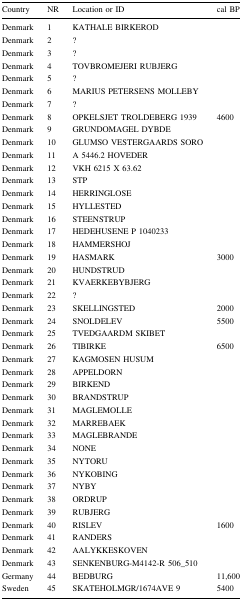
<table><thead><tr><td><b>Country</b></td><td><b>NR</b></td><td><b>Location or ID</b></td><td><b>cal BP</b></td></tr></thead><tbody><tr><td>Denmark</td><td>1</td><td>KATHALE BIRKEROD</td><td></td></tr><tr><td>Denmark</td><td>2</td><td>?</td><td></td></tr><tr><td>Denmark</td><td>3</td><td>?</td><td></td></tr><tr><td>Denmark</td><td>4</td><td>TOVBROMEJERI RUBJERG</td><td></td></tr><tr><td>Denmark</td><td>5</td><td>?</td><td></td></tr><tr><td>Denmark</td><td>6</td><td>MARIUS PETERSENS MOLLEBY</td><td></td></tr><tr><td>Denmark</td><td>7</td><td>?</td><td></td></tr><tr><td>Denmark</td><td>8</td><td>OPKELSJET TROLDEBERG 1939</td><td>4600</td></tr><tr><td>Denmark</td><td>9</td><td>GRUNDOMAGEL DYBDE</td><td></td></tr><tr><td>Denmark</td><td>10</td><td>GLUMSO VESTERGAARDS SORO</td><td></td></tr><tr><td>Denmark</td><td>11</td><td>A 5446.2 HOVEDER</td><td></td></tr><tr><td>Denmark</td><td>12</td><td>VKH 6215 X 63.62</td><td></td></tr><tr><td>Denmark</td><td>13</td><td>STP</td><td></td></tr><tr><td>Denmark</td><td>14</td><td>HERRINGLOSE</td><td></td></tr><tr><td>Denmark</td><td>15</td><td>HYLLESTED</td><td></td></tr><tr><td>Denmark</td><td>16</td><td>STEENSTRUP</td><td></td></tr><tr><td>Denmark</td><td>17</td><td>HEDEHUSENE P 1040233</td><td></td></tr><tr><td>Denmark</td><td>18</td><td>HAMMERSHOJ</td><td></td></tr><tr><td>Denmark</td><td>19</td><td>HASMARK</td><td>3000</td></tr><tr><td>Denmark</td><td>20</td><td>HUNDSTRUD</td><td></td></tr><tr><td>Denmark</td><td>21</td><td>KVAERKEBYBJERG</td><td></td></tr><tr><td>Denmark</td><td>22</td><td>?</td><td></td></tr><tr><td>Denmark</td><td>23</td><td>SKELLINGSTED</td><td>2000</td></tr><tr><td>Denmark</td><td>24</td><td>SNOLDELEV</td><td>5500</td></tr><tr><td>Denmark</td><td>25</td><td>TVEDGAARDM SKIBET</td><td></td></tr><tr><td>Denmark</td><td>26</td><td>TIBIRKE</td><td>6500</td></tr><tr><td>Denmark</td><td>27</td><td>KAGMOSEN HUSUM</td><td></td></tr><tr><td>Denmark</td><td>28</td><td>APPELDORN</td><td></td></tr><tr><td>Denmark</td><td>29</td><td>BIRKEND</td><td></td></tr><tr><td>Denmark</td><td>30</td><td>BRANDSTRUP</td><td></td></tr><tr><td>Denmark</td><td>31</td><td>MAGLEMOLLE</td><td></td></tr><tr><td>Denmark</td><td>32</td><td>MARREBAEK</td><td></td></tr><tr><td>Denmark</td><td>33</td><td>MAGLEBRANDE</td><td></td></tr><tr><td>Denmark</td><td>34</td><td>NONE</td><td></td></tr><tr><td>Denmark</td><td>35</td><td>NYTORU</td><td></td></tr><tr><td>Denmark</td><td>36</td><td>NYKOBING</td><td></td></tr><tr><td>Denmark</td><td>37</td><td>NYBY</td><td></td></tr><tr><td>Denmark</td><td>38</td><td>ORDRUP</td><td></td></tr><tr><td>Denmark</td><td>39</td><td>RUBJERG</td><td></td></tr><tr><td>Denmark</td><td>40</td><td>RISLEV</td><td>1600</td></tr><tr><td>Denmark</td><td>41</td><td>RANDERS</td><td></td></tr><tr><td>Denmark</td><td>42</td><td>AALYKKESKOVEN</td><td></td></tr><tr><td>Denmark</td><td>43</td><td>SENKENBURG-M4142-R 506_510</td><td></td></tr><tr><td>Germany</td><td>44</td><td>BEDBURG</td><td>11,600</td></tr><tr><td>Sweden</td><td>45</td><td>SKATEHOLMGR/1674AVE 9</td><td>5400</td></tr></tbody></table>